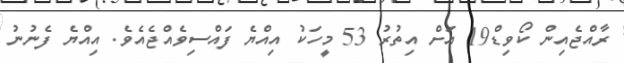
ރާއްޖެއިން ކޯވިޑް19 އަށް އިތުރު 53 މީހަކު އިއްޔެ ފައްސިވެއްޖެއެވެ. އިއްޔެ ފެނުނު